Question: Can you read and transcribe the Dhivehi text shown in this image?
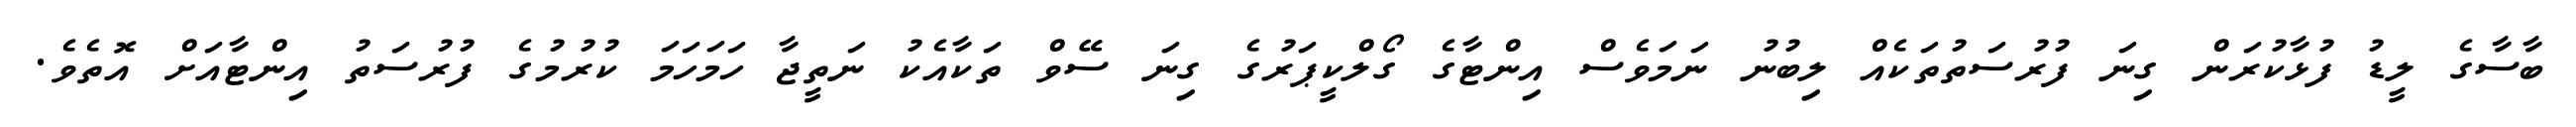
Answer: ބާސާގެ ލީޑު ފުޅާކުރަން ގިނަ ފުރުސަތުތަކެއް ލިބުނު ނަމަވެސް އިންޓާގެ ގޯލްކީޕަރުގެ ގިނަ ސޭވް ތަކާއެކު ނަތީޖާ ހަމަހަމަ ކުރުމުގެ ފުރުސަތު އިންޓާއަށް އޮތެވެ.